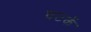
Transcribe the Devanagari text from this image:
घटकें